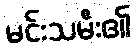
မင်းသမီး၏